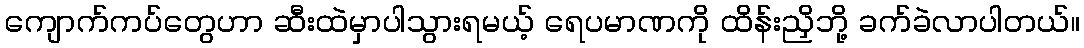
ကျောက်ကပ်တွေဟာ ဆီးထဲမှာပါသွားရမယ့် ရေပမာဏကို ထိန်းညှိဘို့ ခက်ခဲလာပါတယ်။